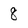
Character: 8